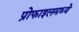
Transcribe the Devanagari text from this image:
प्रोफाइलमध्ये